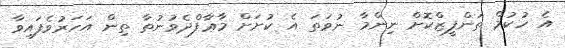
އެ ހުކުމް ތަންފީޒްކޮށް ނިންމާ ނުވަތަ އެ ކުށަށް މާޢާފްދެވުނުތާ ތިން އަހަރުވެފައިވާ